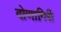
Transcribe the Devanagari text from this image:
दोणागिरी